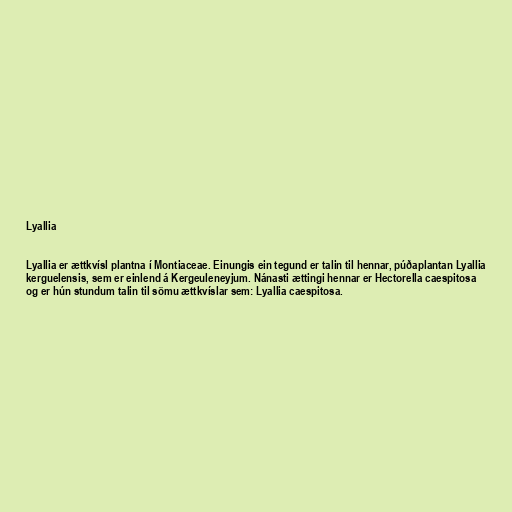
Lyallia

Lyallia er ættkvísl plantna í Montiaceae. Einungis ein tegund er talin til hennar, púðaplantan Lyallia
kerguelensis, sem er einlend á Kergeuleneyjum. Nánasti ættingi hennar er Hectorella caespitosa
og er hún stundum talin til sömu ættkvíslar sem: Lyallia caespitosa.